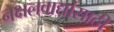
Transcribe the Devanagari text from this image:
नक्षलवाद्यांसाठी